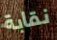
نقابة